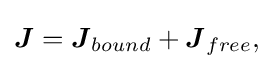
{\textstyle {\boldsymbol {J}}={\boldsymbol {J}}_{bound}+{\boldsymbol {J}}_{free},}